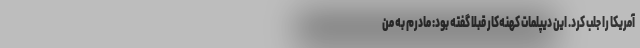
آمریکا را جلب کرد. این دیپلمات کهنه‌کار قبلا گفته بود: مادرم به من